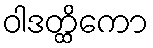
ဝါဒတ္ထိကော